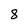
Character: 8